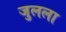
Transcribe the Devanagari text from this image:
जुलला